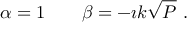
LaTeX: \alpha = 1 \qquad \beta = - \i k \sqrt { P } \ .